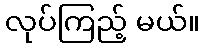
လုပ်ကြည့် မယ်။